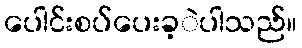
ပေါင်းစပ်ပေးခ့ဲပါသည်။